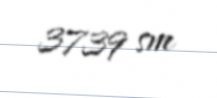
3739 sm